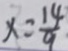
x = \frac { 1 4 } { 9 }